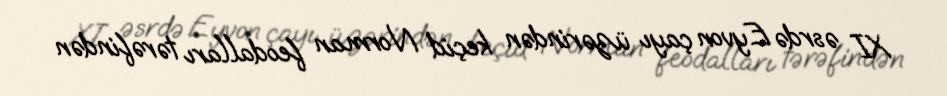
XI əsrdə Eyvon çayı üzərindən keçid Norman feodalları tərəfindən